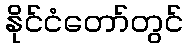
နိုင်ငံတော်တွင်